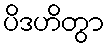
ပိဒဟိတွာ